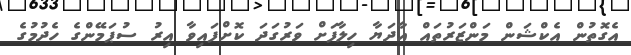
އެގޮތުން އެކްޝަން މަންޒަރުތައް އާދަޔާ ހިލާފަށް ވަރުގަދަ ކޮށްފައިވާ އިރު ސުޕަމޭންގެ ހެދުމުގެ